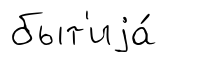
быт'иjа́